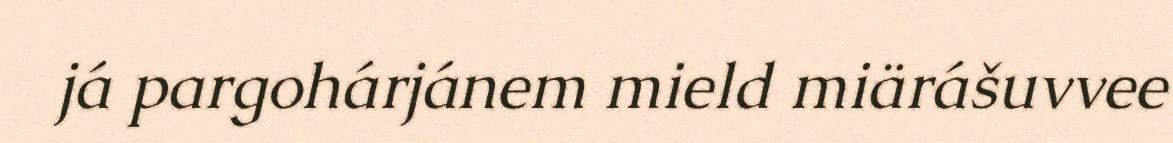
já pargohárjánem mield miärášuvvee